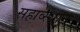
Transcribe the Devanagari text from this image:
सहाव्स्थान